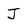
Character: J